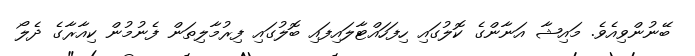
ބޭނުންވިއެވެ. މައިޝާ އަނާންގެ ކޮލުގައި ހިފަހައްޓާލައިފައި ބޮލުގައި ފިރުމާލިތަން ފެނުމުން ކިއާރާގެ ދެލޯ